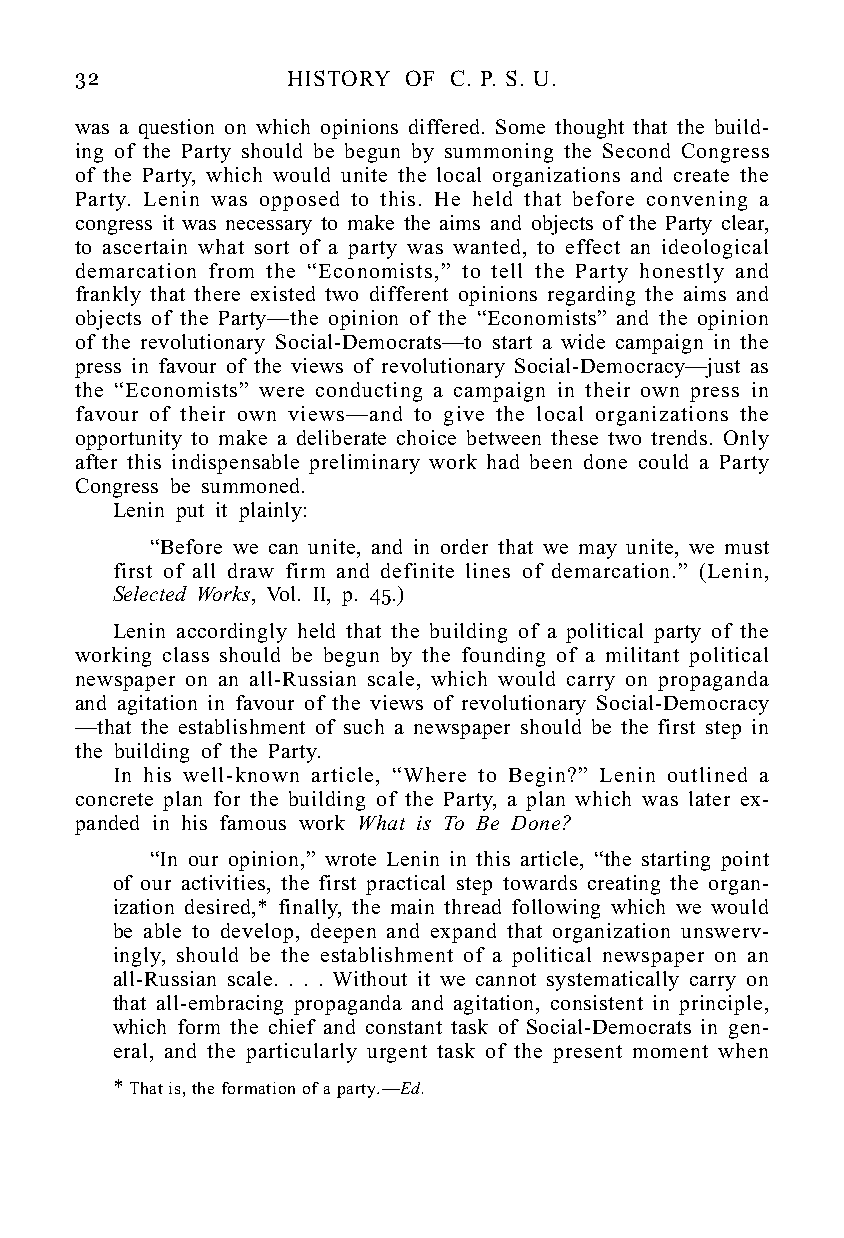
32            HISTORY OF C. P. S. U.
 was a question on which opinions differed. Some thought that the build-
 ing of the Party should be begun by summoning the Second Congress
 of the Party, which would unite the local organizations and create the
 Party. Lenin was opposed to this. He held that before convening a
 congress it was necessary to make the aims and objects of the Party clear,
 to ascertain what sort of a party was wanted, to effect an ideological
 demarcation from the “Economists,” to tell the Party honestly and
 frankly that there existed two different opinions regarding the aims and
 objects of the Party—the opinion of the “Economists” and the opinion
 of the revolutionary Social-Democrats—to start a wide campaign in the
 press in favour of the views of revolutionary Social-Democracy—just as
 the “Economists” were conducting a campaign in their own press in
 favour of their own views—and to give the local organizations the
 opportunity to make a deliberate choice between these two trends. Only
 after this indispensable preliminary work had been done could a Party
 Congress be summoned.
 Lenin put it plainly:
 “Before we can unite, and in order that we may unite, we must
 first of all draw firm and definite lines of demarcation.” (Lenin,
 Selected Works, Vol. II, p. 45.)
 Lenin accordingly held that the building of a political party of the
 working class should be begun by the founding of a militant political
 newspaper on an all-Russian scale, which would carry on propaganda
 and agitation in favour of the views of revolutionary Social-Democracy
 —that the establishment of such a newspaper should be the first step in
 the building of the Party.
 In his well-known article, “Where to Begin?” Lenin outlined a
 concrete plan for the building of the Party, a plan which was later ex-
 panded in his famous work What is To Be Done?
 “In our opinion,” wrote Lenin in this article, “the starting point
 of our activities, the first practical step towards creating the organ-
 ization desired,* finally, the main thread following which we would
 be able to develop, deepen and expand that organization unswerv-
 ingly, should be the establishment of a political newspaper on an
 all-Russian scale. . . . Without it we cannot systematically carry on
 that all-embracing propaganda and agitation, consistent in principle,
 which form the chief and constant task of Social-Democrats in gen-
 eral, and the particularly urgent task of the present moment when
 * That is, the formation of a party.—Ed.